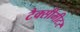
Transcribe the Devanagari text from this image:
टैक्सीमीटर